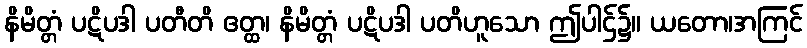
နိမိတ္တံ ပဋိပဒါ ပတီတိ ဧတ္ထ၊ နိမိတ္တံ ပဋိပဒါ ပတိဟူသော ဤပါဌ်၌။ ယတော၊အကြင်